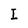
Character: I